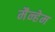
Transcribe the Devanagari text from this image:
मैन्हेम